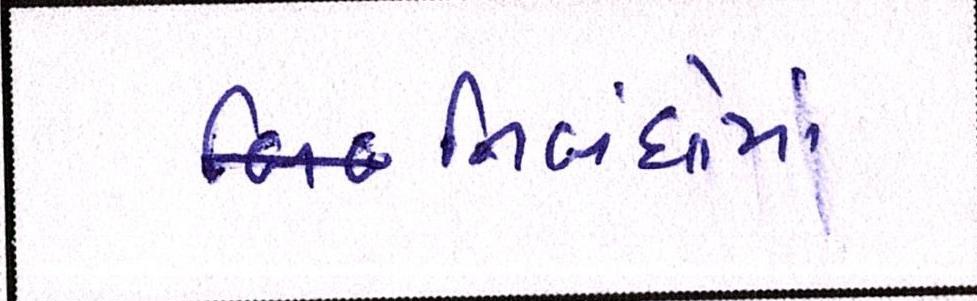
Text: નિબંધોમાં